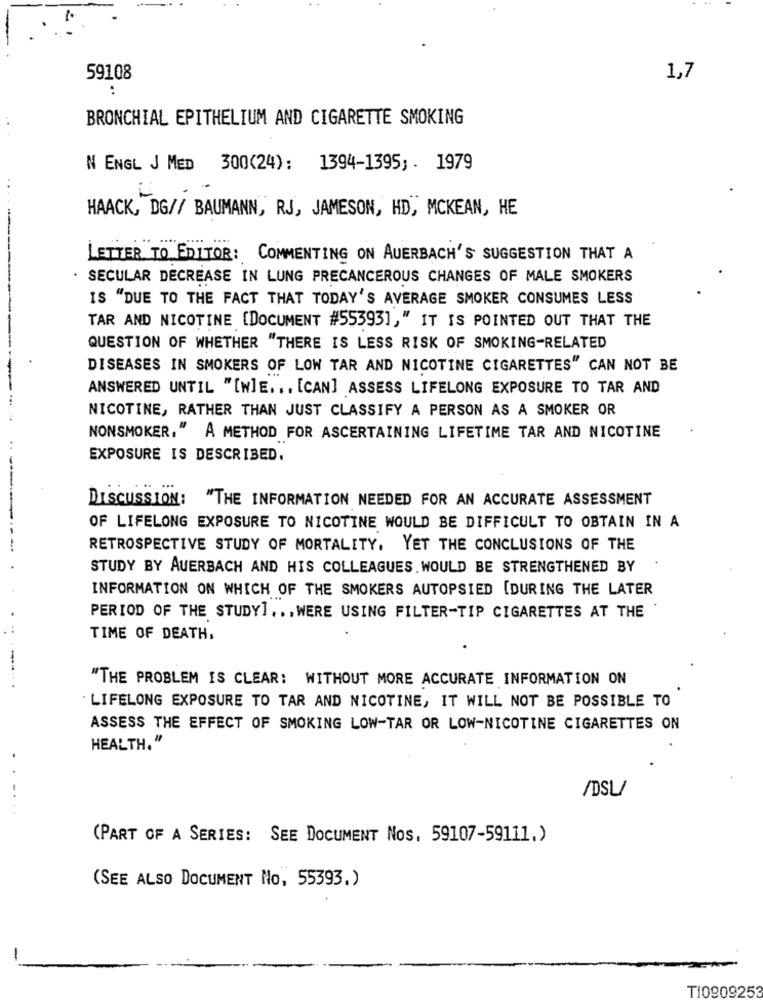
59108
1,7
:
BRONCHIAL EPITHELIUM AND CIGARETTE SMOKING
N ENGL J MED 300(24): 1394-1395; . 1979
HAACK, DG// BAUMANN, RJ, JAMESON, HD, MCKEAN, HE
LETTER TO EDITOR: COMMENTING ON AUERBACH'S SUGGESTION THAT A
· SECULAR DECREASE IN LUNG PRECANCEROUS CHANGES OF MALE SMOKERS
IS "DUE TO THE FACT THAT TODAY'S AVERAGE SMOKER CONSUMES LESS
TAR AND NICOTINE [DOCUMENT #55393]," IT IS POINTED OUT THAT THE
QUESTION OF WHETHER "THERE IS LESS RISK OF SMOKING-RELATED
--
DISEASES IN SMOKERS OF LOW TAR AND NICOTINE CIGARETTES" CAN NOT BE
ANSWERED UNTIL "[N]E. .. [CAN] ASSESS LIFELONG EXPOSURE TO TAR AND
NICOTINE, RATHER THAN JUST CLASSIFY A PERSON AS A SMOKER OR
NONSMOKER," A METHOD FOR ASCERTAINING LIFETIME TAR AND NICOTINE
EXPOSURE IS DESCRIBED.
DISCUSSION: "THE INFORMATION NEEDED FOR AN ACCURATE ASSESSMENT
OF LIFELONG EXPOSURE TO NICOTINE WOULD BE DIFFICULT TO OBTAIN IN A
RETROSPECTIVE STUDY OF MORTALITY, YET THE CONCLUSIONS OF THE
STUDY BY AUERBACH AND HIS COLLEAGUES. WOULD BE STRENGTHENED BY
INFORMATION ON WHICH OF THE SMOKERS AUTOPSIED [DURING THE LATER
PERIOD OF THE STUDY] ... WERE USING FILTER-TIP CIGARETTES AT THE
TIME OF DEATH.
"THE PROBLEM IS CLEAR: WITHOUT MORE ACCURATE INFORMATION ON
-... .
LIFELONG EXPOSURE TO TAR AND NICOTINE, IT WILL NOT BE POSSIBLE TO
ASSESS THE EFFECT OF SMOKING LOW-TAR OR LOW-NICOTINE CIGARETTES ON
HEALTH."
/DSL
(PART OF A SERIES: SEE DOCUMENT Nos, 59107-59111.)
(SEE ALSO DOCUMENT No, 55393.)
-
T10909253